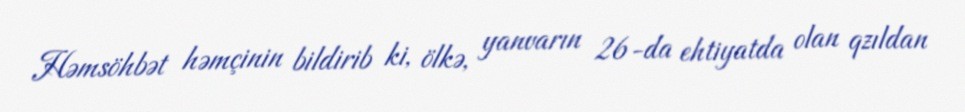
Həmsöhbət həmçinin bildirib ki, ölkə, yanvarın 26-da ehtiyatda olan qzıldan